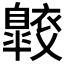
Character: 𧞠